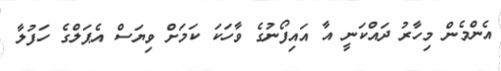
އެންމެން މިހާރު ދައްކަނީ އާ އައިފޯނުގެ ވާހަކަ ކަމަށް ވިޔަސް އެޕަލްގެ ހަފުލާ